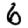
Digit: 6